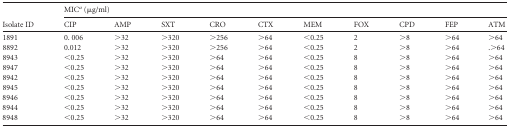
<table><thead><tr><td rowspan="2"><b>Isolate ID</b></td><td colspan="10"><b>MIC<sup><i>a</i></sup> (μg/ml)</b></td></tr><tr><td><b>CIP</b></td><td><b>AMP</b></td><td><b>SXT</b></td><td><b>CRO</b></td><td><b>CTX</b></td><td><b>MEM</b></td><td><b>FOX</b></td><td><b>CPD</b></td><td><b>FEP</b></td><td><b>ATM</b></td></tr></thead><tbody><tr><td>1891</td><td>0. 006</td><td>&gt;32</td><td>&gt;320</td><td>&gt;256</td><td>&gt;64</td><td>&lt;0.25</td><td>2</td><td>&gt;8</td><td>&gt;64</td><td>&gt;64</td></tr><tr><td>8892</td><td>0.012</td><td>&gt;32</td><td>&gt;320</td><td>&gt;256</td><td>&gt;64</td><td>&lt;0.25</td><td>2</td><td>&gt;8</td><td>&gt;64</td><td>.&gt;64</td></tr><tr><td>8943</td><td>&lt;0.25</td><td>&gt;32</td><td>&gt;320</td><td>&gt;64</td><td>&gt;64</td><td>&lt;0.25</td><td>8</td><td>&gt;8</td><td>&gt;64</td><td>&gt;64</td></tr><tr><td>8947</td><td>&lt;0.25</td><td>&gt;32</td><td>&gt;320</td><td>&gt;64</td><td>&gt;64</td><td>&lt;0.25</td><td>8</td><td>&gt;8</td><td>&gt;64</td><td>&gt;64</td></tr><tr><td>8942</td><td>&lt;0.25</td><td>&gt;32</td><td>&gt;320</td><td>&gt;64</td><td>&gt;64</td><td>&lt;0.25</td><td>8</td><td>&gt;8</td><td>&gt;64</td><td>&gt;64</td></tr><tr><td>8945</td><td>&lt;0.25</td><td>&gt;32</td><td>&gt;320</td><td>&gt;64</td><td>&gt;64</td><td>&lt;0.25</td><td>8</td><td>&gt;8</td><td>&gt;64</td><td>&gt;64</td></tr><tr><td>8946</td><td>&lt;0.25</td><td>&gt;32</td><td>&gt;320</td><td>&gt;64</td><td>&gt;64</td><td>&lt;0.25</td><td>8</td><td>&gt;8</td><td>&gt;64</td><td>&gt;64</td></tr><tr><td>8944</td><td>&lt;0.25</td><td>&gt;32</td><td>&gt;320</td><td>&gt;64</td><td>&gt;64</td><td>&lt;0.25</td><td>8</td><td>&gt;8</td><td>&gt;64</td><td>&gt;64</td></tr><tr><td>8948</td><td>&lt;0.25</td><td>&gt;32</td><td>&gt;320</td><td>&gt;64</td><td>&gt;64</td><td>&lt;0.25</td><td>8</td><td>&gt;8</td><td>&gt;64</td><td>&gt;64</td></tr></tbody></table>